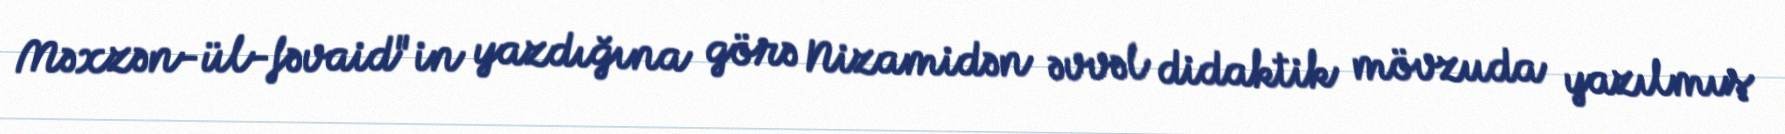
Məxzən-ül-fəvaid"in yazdığına görə Nizamidən əvvəl didaktik mövzuda yazılmış